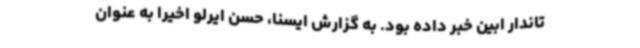
تاندار ابین خبر داده بود. به گزارش ایسنا، حسن ایرلو اخیرا به عنوان